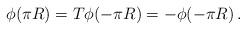
LaTeX: \begin{align*}\phi(\pi R)=T\phi(-\pi R) = -\phi(-\pi R)\,.\end{align*}